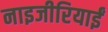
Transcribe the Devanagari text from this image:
नाइजीरियाईं